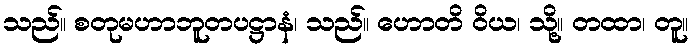
သည်။ စတုမဟာဘူတပဋ္ဌာနံ၊ သည်။ ဟောတိ ဝိယ၊ သို့။ တထာ၊ တူ။